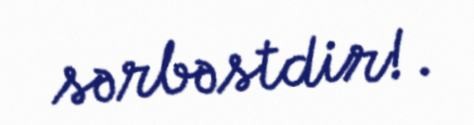
sərbəstdir!.